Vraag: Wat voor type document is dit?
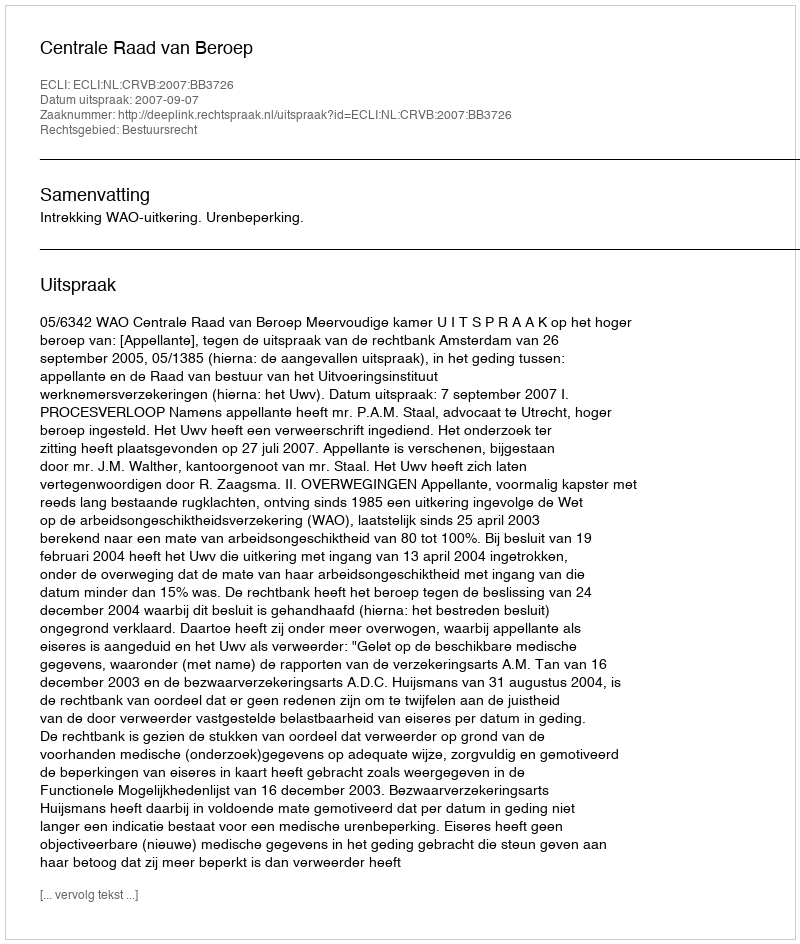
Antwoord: Uitspraak